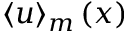
\langle \boldsymbol { u } \rangle _ { m } \left( \boldsymbol { x } \right)